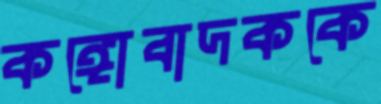
কঙ্গোবাদককে